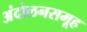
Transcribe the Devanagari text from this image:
अंदोलनसमूह